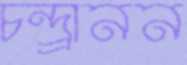
চন্দ্র্রানন